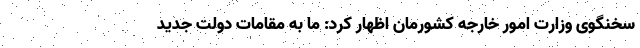
سخنگوی وزارت امور خارجه کشورمان اظهار کرد: ما به مقامات دولت جدید